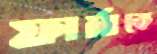
ফার্মাকে